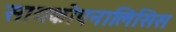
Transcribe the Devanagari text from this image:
सायकोएनालिसिस